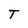
Character: T